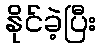
နိုင်ခဲ့ပြီး